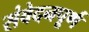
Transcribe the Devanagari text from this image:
संवेदनपूर्ण